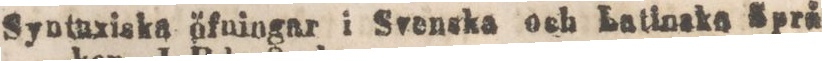
Syntuxiska öfningar i Svenska och Latinaka Sprä-